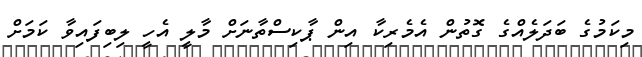
މިކަމުގެ ބަދަލެއްގެ ގޮތުން އެމެރިކާ އިން ޕާކިސްތާނަށް މާލީ އެހީ ލިބިފައިވާ ކަމަށް